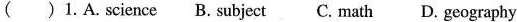
( ) 1.A. Science B. Subject C. Math D. Geography